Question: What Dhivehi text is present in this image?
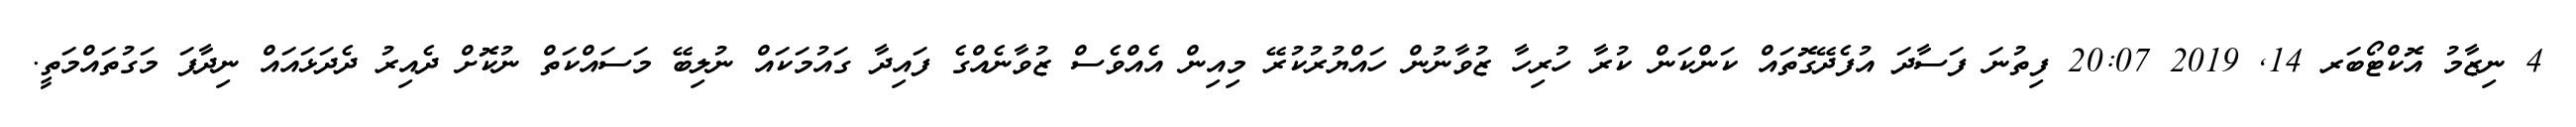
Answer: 4 ނިޒާމު އޮކްޓޯބަރ 14, 2019 20:07 ފިތުނަ ފަސާދަ އުފެދޭގޮތައް ކަންކަން ކުރާ ހުރިހާ ޒުވާނުން ހައްޔުރުކުރޭ މިއިން އެއްވެސް ޒުވާނެއްގެ ފައިދާ ގައުމަކައް ނުލިބޭ މަސައްކަތް ނުކޮށް ދެއިރު ދެދަޅައައް ނިދާފަ މަގުތައްމަތީ.